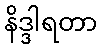
နိဒ္ဒါရတာ